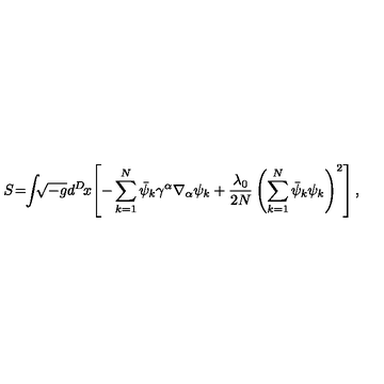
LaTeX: S \! = \! \! \int \! \! \! \sqrt { - g } d ^ { D } \! x \! \left[ - \sum _ { k = 1 } ^ { N } \bar { \psi } _ { k } \gamma ^ { \alpha } \nabla _ { \alpha } \psi _ { k } + \frac { \lambda _ { 0 } } { 2 N } \left( \sum _ { k = 1 } ^ { N } \bar { \psi } _ { k } \psi _ { k } \right) ^ { 2 } \right] ,